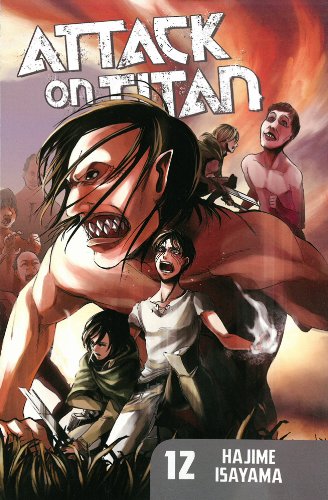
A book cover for Attack on Titan 12; Hajime Isayama; Comics & Graphic Novels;